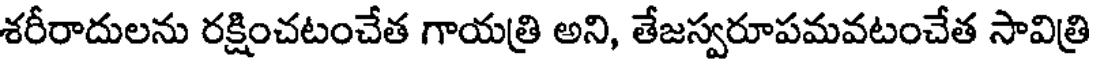
శరీరాదులను రక్షించటంచేత గాయత్రి అని, తేజస్వరూపమవటంచేత సావిత్రి